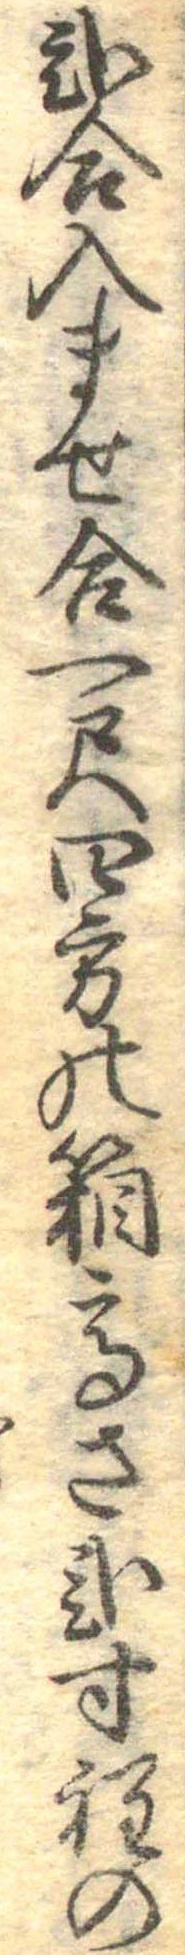
弐合入ませ合一尺四方の箱高さ弐寸程の